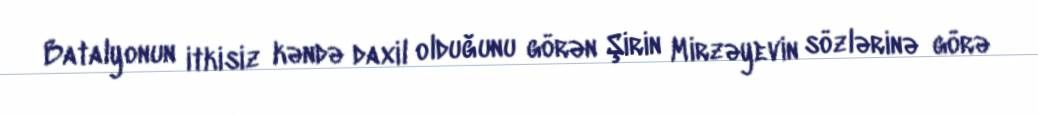
Batalyonun itkisiz kəndə daxil olduğunu görən Şirin Mirzəyevin sözlərinə görə